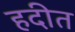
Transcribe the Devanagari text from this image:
हदीत